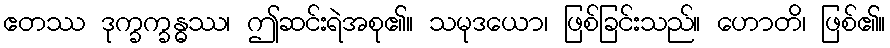
ဧတဿ ဒုက္ခက္ခန္ဓဿ၊ ဤဆင်းရဲအစု၏။ သမုဒယော၊ ဖြစ်ခြင်းသည်။ ဟောတိ၊ ဖြစ်၏။